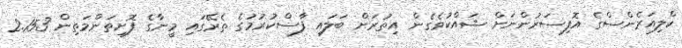
ކްލިއަރެންސްގެ އޮފިސަރުންނަށް ޝައްކުވެގެން އިތުރަށް ބަލައި ފާސްކުރުމުގެ ތެރޭގައި މީނާގެ ފޮށިތަންމަތިން 2.153